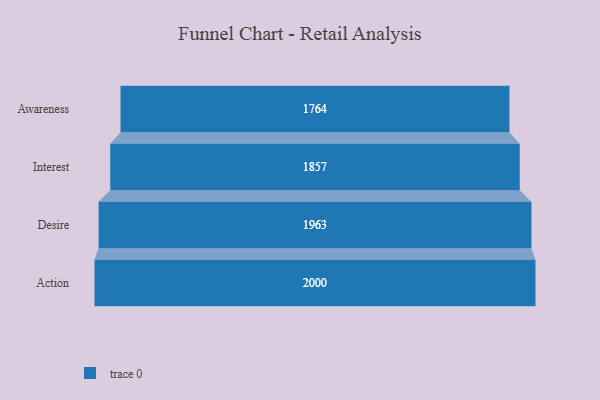
{"axis": {"x": "Stage", "y": "Value"}, "legend": [""], "data": [{"x": "Awareness", "y": 1764.0, "type": ""}, {"x": "Interest", "y": 1857.0, "type": ""}, {"x": "Desire", "y": 1963.0, "type": ""}, {"x": "Action", "y": 2000, "type": ""}]}